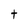
Character: t